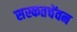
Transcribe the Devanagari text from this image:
सस्कतचेंवन